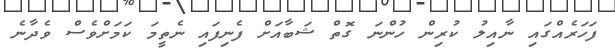
ފަހަރެއްގައި ނާއިލު ކުރިން ހުންނަ ގޮތް ޝަބާއަށް ފެނިފައި ނެތީމަ ކަމަށްވެސް ވެދާނެ